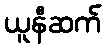
ယူနီဆက်